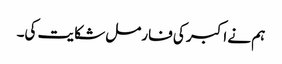
ہم نے اکبر کی فارمل شکایت کی۔